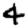
Digit: 4